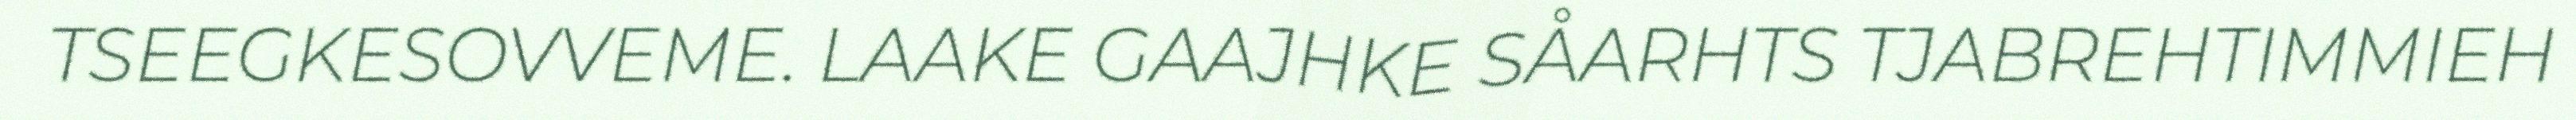
TSEEGKESOVVEME. LAAKE GAAJHKE SÅARHTS TJABREHTIMMIEH